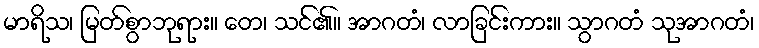
မာရိသ၊ မြတ်စွာဘုရား။ တေ၊ သင်၏။ အာဂတံ၊ လာခြင်းကား။ သွာဂတံ သုအာဂတံ၊